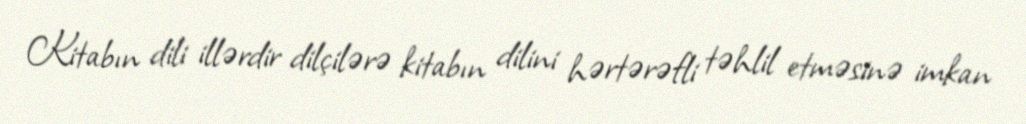
Kitabın dili illərdir dilçilərə kitabın dilini hərtərəfli təhlil etməsinə imkan